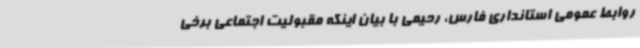
روابط عمومی استانداری فارس، رحیمی با بیان اینکه مقبولیت اجتماعی برخی